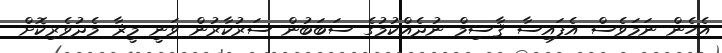
އެހެން ނަމަވެސް އެފައިސާ ޤާސިމް ނުދެއްކުމުގެ ސަބަބުން ސަރުކާރުން ވަނީ މީޜާ މެދުވެރިކޮށް